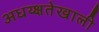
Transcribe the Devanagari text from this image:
अधय्क्षतेखाली